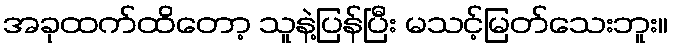
အခုထက်ထိတော့ သူနဲ့ပြန်ပြီး မသင့်မြတ်သေးဘူး။